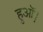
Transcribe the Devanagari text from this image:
हुऑ।